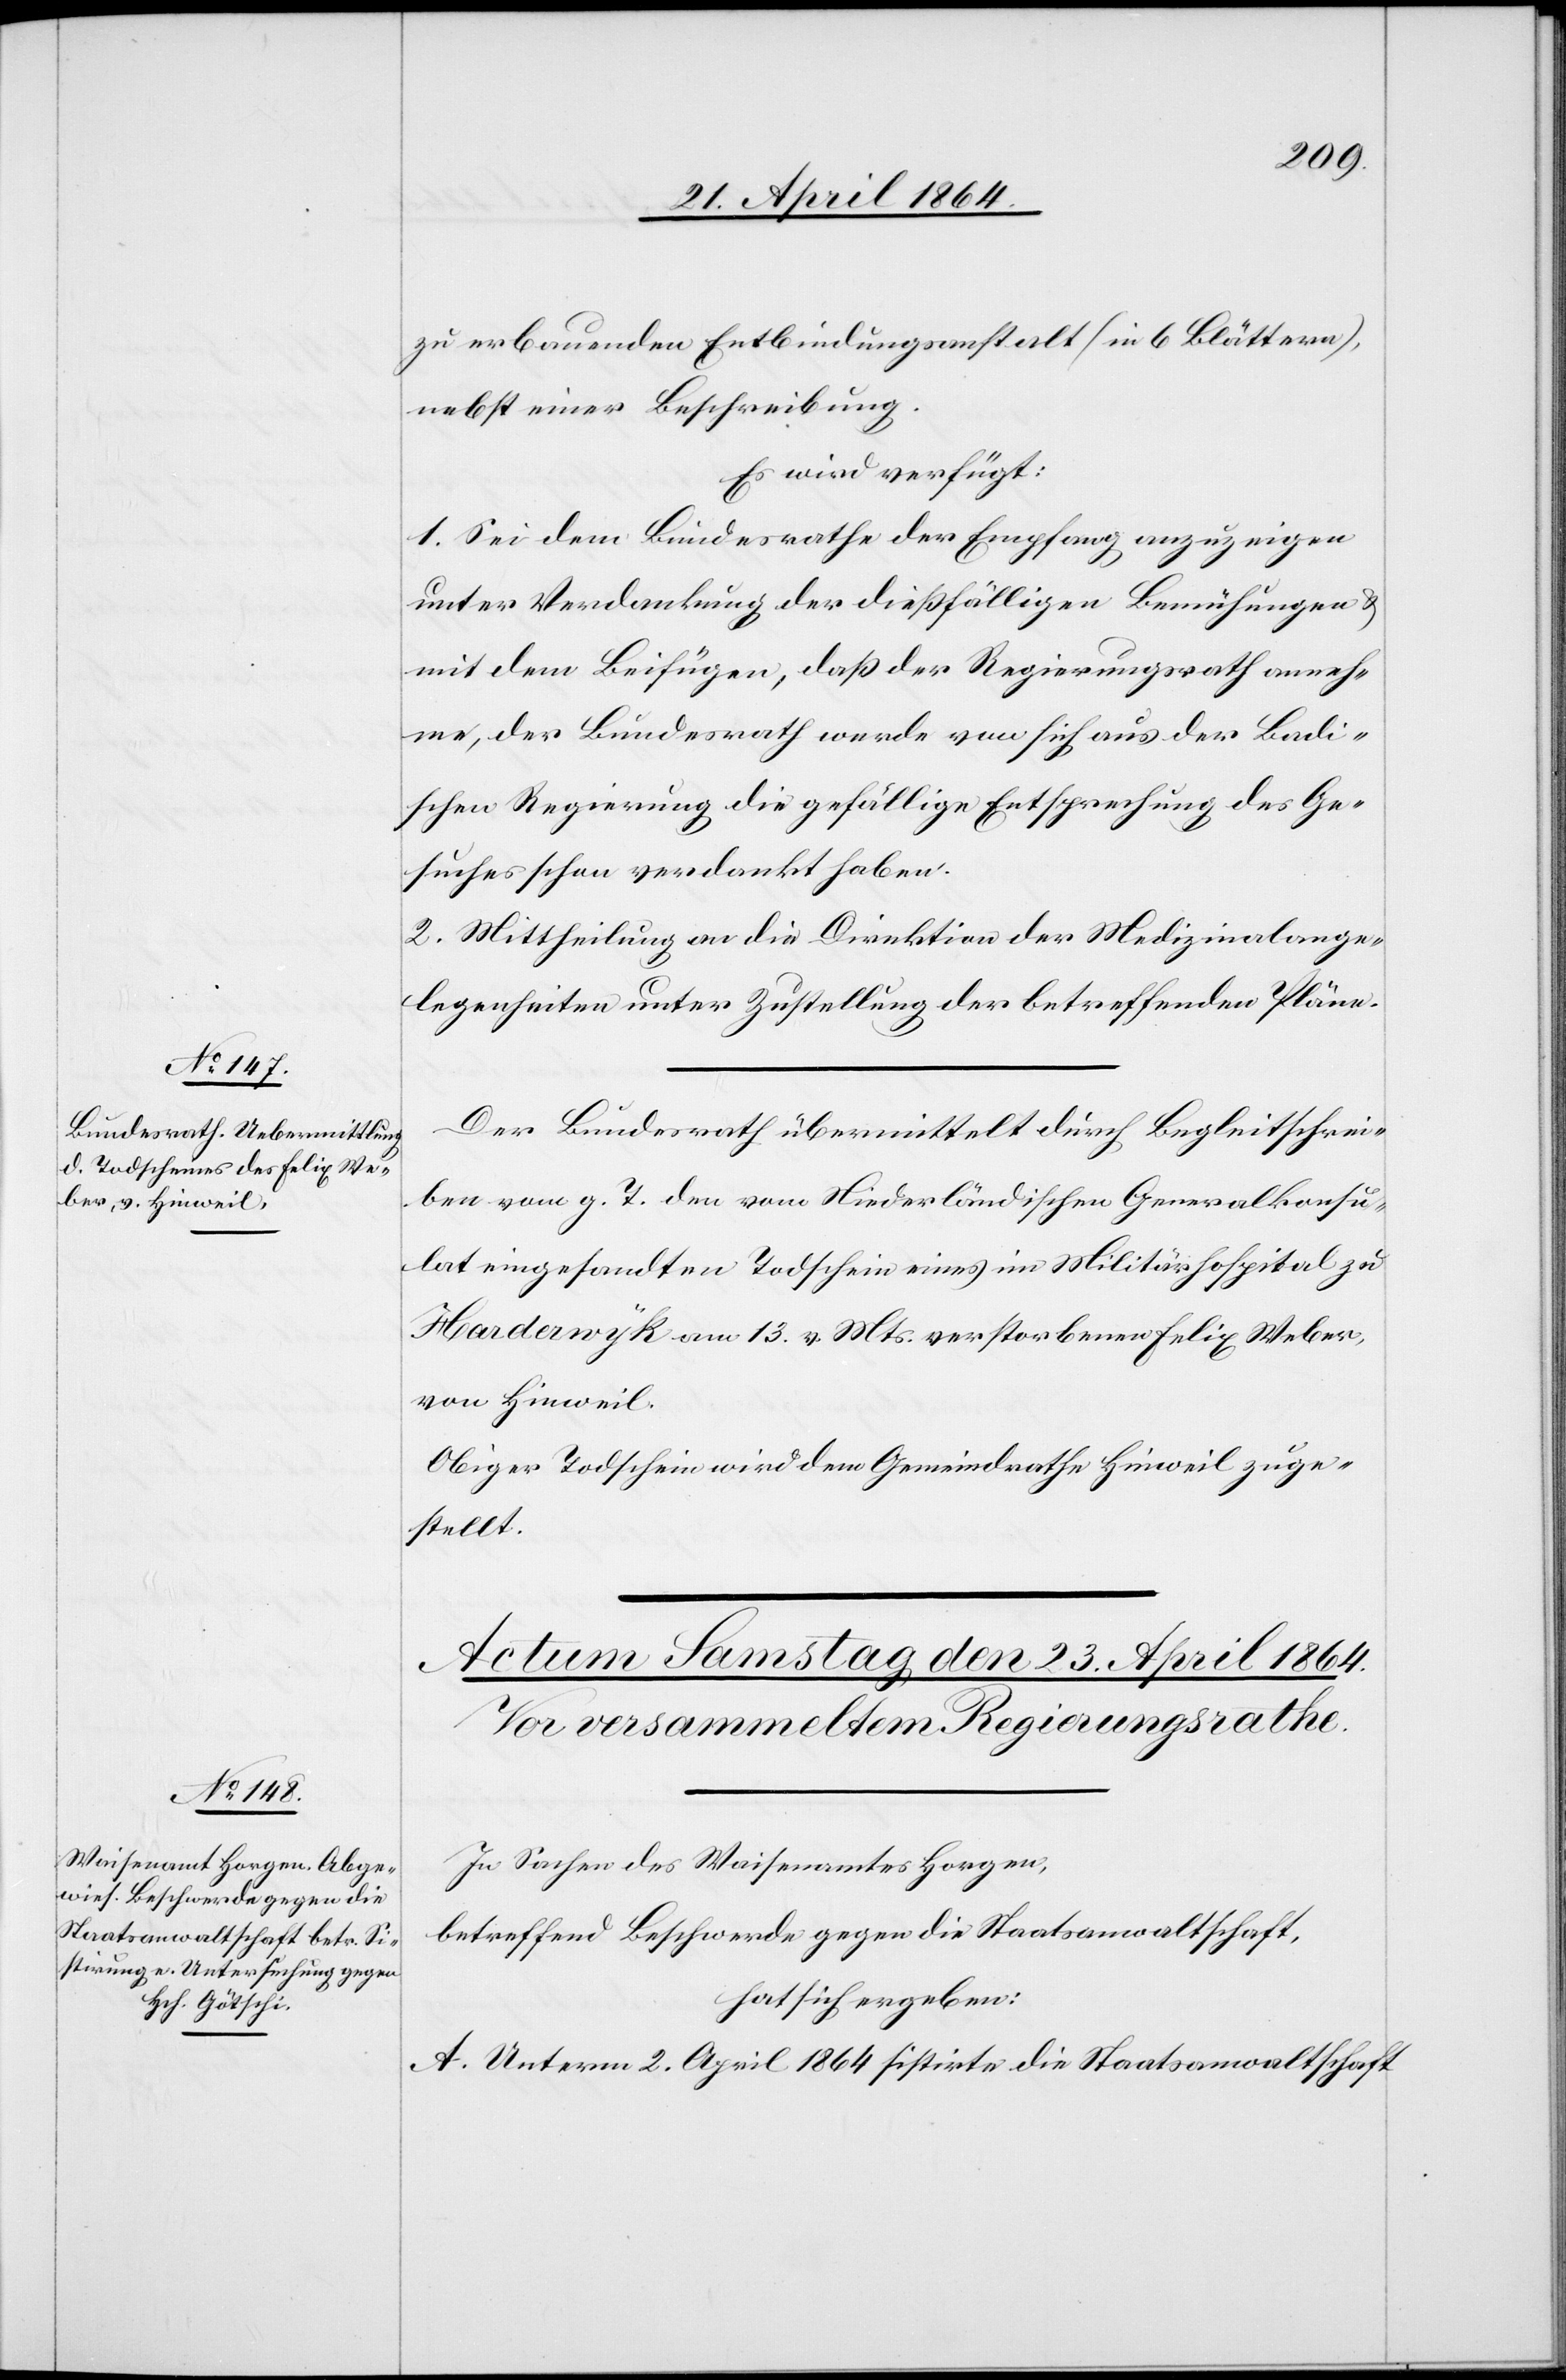
22. April 1864.]
zu erbauenden Entbindungsanstalt (in 6 Blättern),
nebst einer Beschreibung.
Es wird verfügt:
1. Sei dem Bundesrathe der Empfang anzuzeigen
unter Verdankung der dießfälligen Bemühungen u.
mit dem Beifügen, daß der Regierungsrath anneh¬
me, der Bundesrath werde von sich aus der Badi¬
schen Regierung die gefällige Entsprechung des Ge¬
suches schon verdankt haben.
2. Mittheilung an die Direktion der Medizinalange¬
legenheiten unter Zustellung der betreffenden Pläne.
Der Bundesrath übermittelt durch Begleitschrei¬
ben vom g. T. den vom Niederländischen Generalkonsu¬
lat eingesandten Todschein eines im Militärhospital zu
Harderwyk am 13. v. Mts. verstorbenen Felix Weber,
von Hinweil.
Obiger Todschein wird dem Gemeindrathe Hinweil zuge¬
stellt.
In Sachen des Waisenamtes Horgen,
betreffend Beschwerde gegen die Staatsanwaltschaft,
hat sich ergeben:
A. Unterm 2. April 1864 sistirte die Staatsanwaltschaft